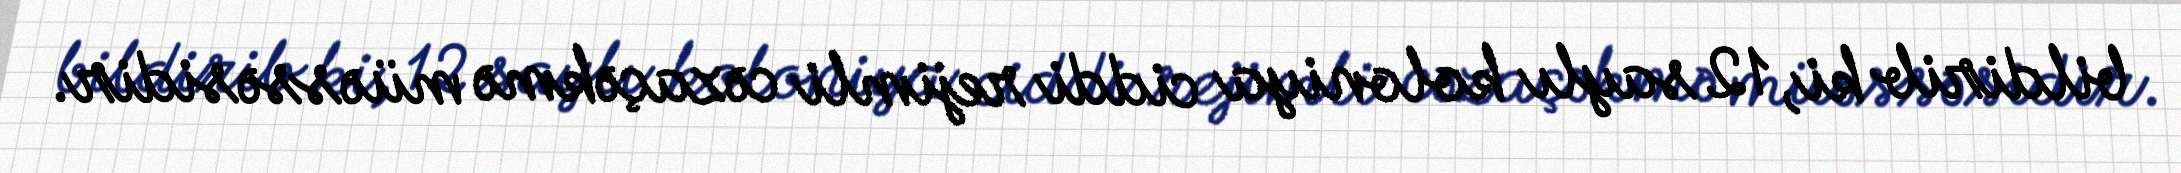
bildirib ki, 12 saylı koloniya ciddi rejimli cəzaçəkmə müəssəsidir.